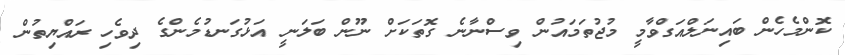
ކޮންމެހެން ބައިނަލްއަގްވާމީ މުޖުތަމައުން ވިސްނާނެ ގޮތަކަށް ނޫން ބަލަނީ އަޅުގަނޑުމެންގެ ދިވެހި ރައްޔިތުން